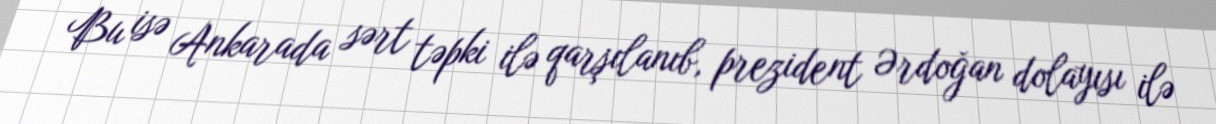
Bu isə Ankarada sərt təpki ilə qarşılanıb, prezident Ərdoğan dolayısı ilə